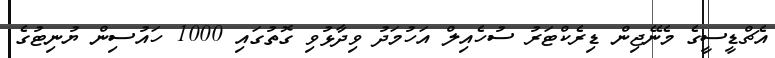
އެޗްޑީސީގެ މެނޭޖިން ޑިރެކްޓަރު ސުހެއިލް އަހުމަދު ވިދާޅުވި ގޮތުގައި 1000 ހައުސިން ޔުނިޓުގެ